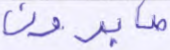
صابرون